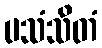
ပသံသိတံ